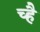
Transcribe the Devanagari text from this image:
च्है